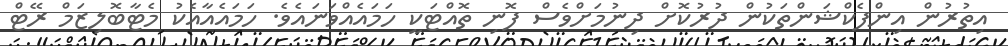
އިތުރުން އިންފެކްޝަންތަކުން ދުރުކޮށް ދިނުމަށްވެސް ފޮނި ތޮއްޓަކީ ހަމައެއްވަނައެވެ. ހަމައެއާއެކު މެޓާބޮލިޒަމް ރޭޓް